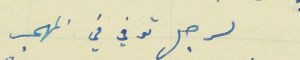
لرجل توفي في المهجر